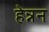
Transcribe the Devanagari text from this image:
हेन्नन